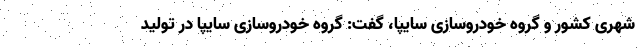
شهری کشور و گروه خودروسازی سایپا، گفت: گروه خودروسازی سایپا در تولید